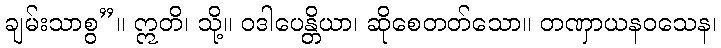
ချမ်းသာစွ”။ ဣတိ၊ သို့။ ဝဒါပေန္တိယာ၊ ဆိုစေတတ်သော။ တဏှာယနဝသေန၊